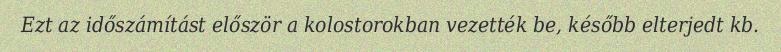
Ezt az időszámítást először a kolostorokban vezették be, később elterjedt kb.